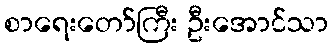
စာရေးတော်ကြီး ဦးအောင်သာ